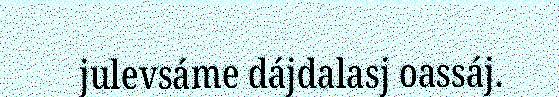
julevsáme dájdalasj oassáj.